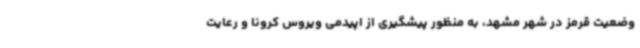
وضعیت قرمز در شهر مشهد، به منظور پیشگیری از اپیدمی ویروس کرونا و رعایت